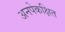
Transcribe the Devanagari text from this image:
अनपेकक्षित